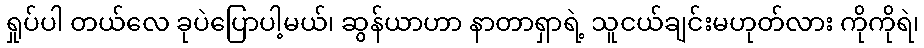
ရှုပ်ပါ တယ်လေ ခုပဲပြောပါ့မယ်၊ ဆွန်ယာဟာ နာတာရှာရဲ့ သူငယ်ချင်းမဟုတ်လား ကိုကိုရဲ၊